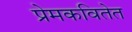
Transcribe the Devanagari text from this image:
प्रेमकवितेत